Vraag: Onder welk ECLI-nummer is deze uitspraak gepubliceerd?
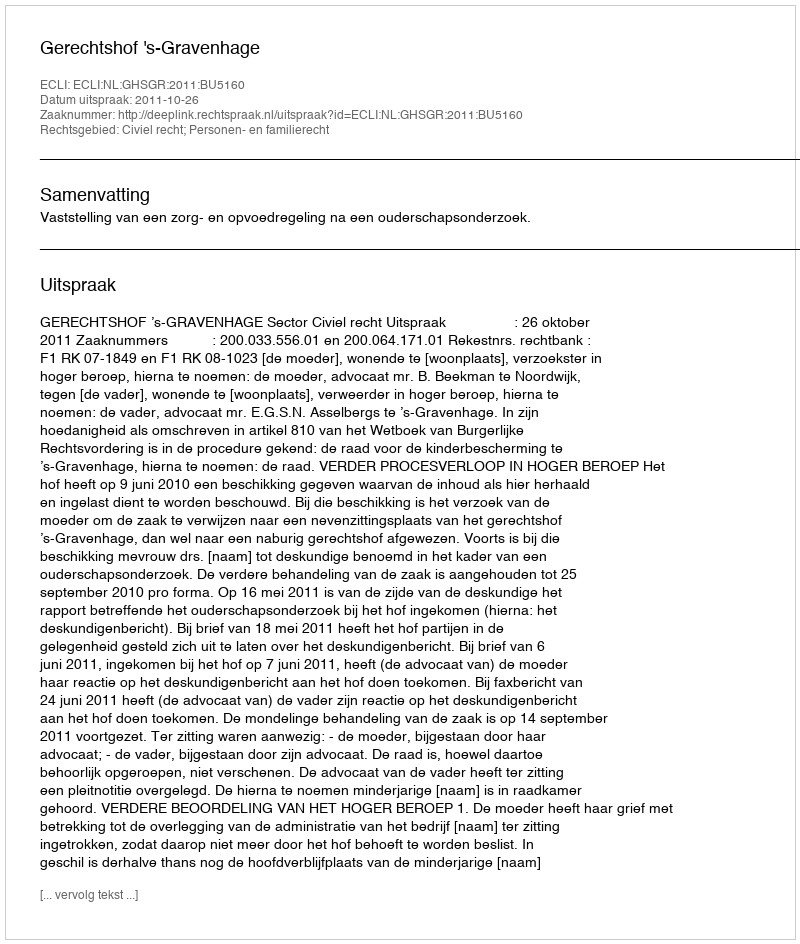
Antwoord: ECLI:NL:GHSGR:2011:BU5160